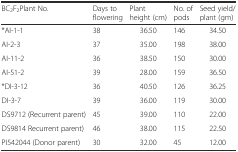
<table><thead><tr><td><b>BC<sub>2</sub>F<sub>2</sub>Plant No.</b></td><td><b>Days to flowering</b></td><td><b>Plant height (cm)</b></td><td><b>No. of pods</b></td><td><b>Seed yield/plant (gm)</b></td></tr></thead><tbody><tr><td>*AI-1-1</td><td>38</td><td>36.50</td><td>146</td><td>34.50</td></tr><tr><td>AI-2-3</td><td>37</td><td>35.00</td><td>198</td><td>38.00</td></tr><tr><td>AI-11-2</td><td>36</td><td>38.50</td><td>150</td><td>30.00</td></tr><tr><td>AI-51-2</td><td>39</td><td>28.00</td><td>159</td><td>36.50</td></tr><tr><td>*DI-3-12</td><td>36</td><td>40.50</td><td>126</td><td>36.25</td></tr><tr><td>DI-3-7</td><td>39</td><td>36.00</td><td>119</td><td>30.00</td></tr><tr><td>DS9712 (Recurrent parent)</td><td>45</td><td>39.00</td><td>110</td><td>22.00</td></tr><tr><td>DS9814 Recurrent parent)</td><td>46</td><td>38.00</td><td>115</td><td>22.50</td></tr><tr><td>PI542044 (Donor parent)</td><td>30</td><td>32.00</td><td>45</td><td>12.00</td></tr></tbody></table>